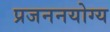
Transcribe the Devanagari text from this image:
प्रजननयोग्य